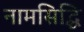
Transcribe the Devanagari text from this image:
नामसिद्धि